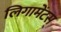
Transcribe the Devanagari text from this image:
लिगामेंटस्